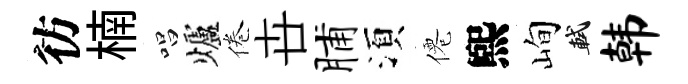
彷楠唱爐倦卋脯湏僊煕峋軾韩